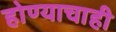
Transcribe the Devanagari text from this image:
होण्याचाही